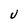
Character: U